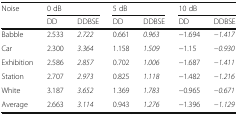
| <ROWSPAN=2> Noise | <COLSPAN=2> 0 dB | <COLSPAN=2> 5 dB | <COLSPAN=2> 10 dB |
 | DD | DDBSE | DD | DDBSE | DD | DDBSE |
 | --- | --- | --- | --- | --- | --- | --- |
 | Babble | 2.533 | 2.722 | 0.661 | 0.963 | −1.694 | −1.417 |
 | Car | 2.300 | 3.364 | 1.158 | 1.509 | −1.15 | −0.930 |
 | Exhibition | 2.586 | 2.857 | 0.702 | 1.006 | −1.687 | −1.411 |
 | Station | 2.707 | 2.973 | 0.825 | 1.118 | −1.482 | −1.216 |
 | White | 3.187 | 3.652 | 1.369 | 1.783 | −0.965 | −0.671 |
 | Average | 2.663 | 3.114 | 0.943 | 1.276 | −1.396 | −1.129 |